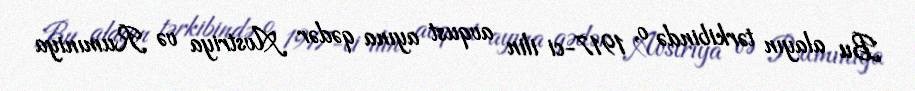
Bu alayın tərkibində o, 1917-ci ilin avqust ayına qədər Avstriya və Rumıniya